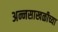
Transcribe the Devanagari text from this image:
अन्नसाखळीच्या